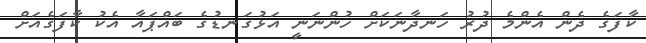
ކާފަގެ ދެން އެންމެ ދުރު ހަނދާނަކަށް ހުންނަނީ އަޅުގަނޑުގެ ބައްޕައާ އެކު ކާފަގެއަށް